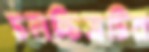
চলচ্চিত্রটির